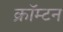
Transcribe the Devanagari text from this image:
क्रॉम्टन